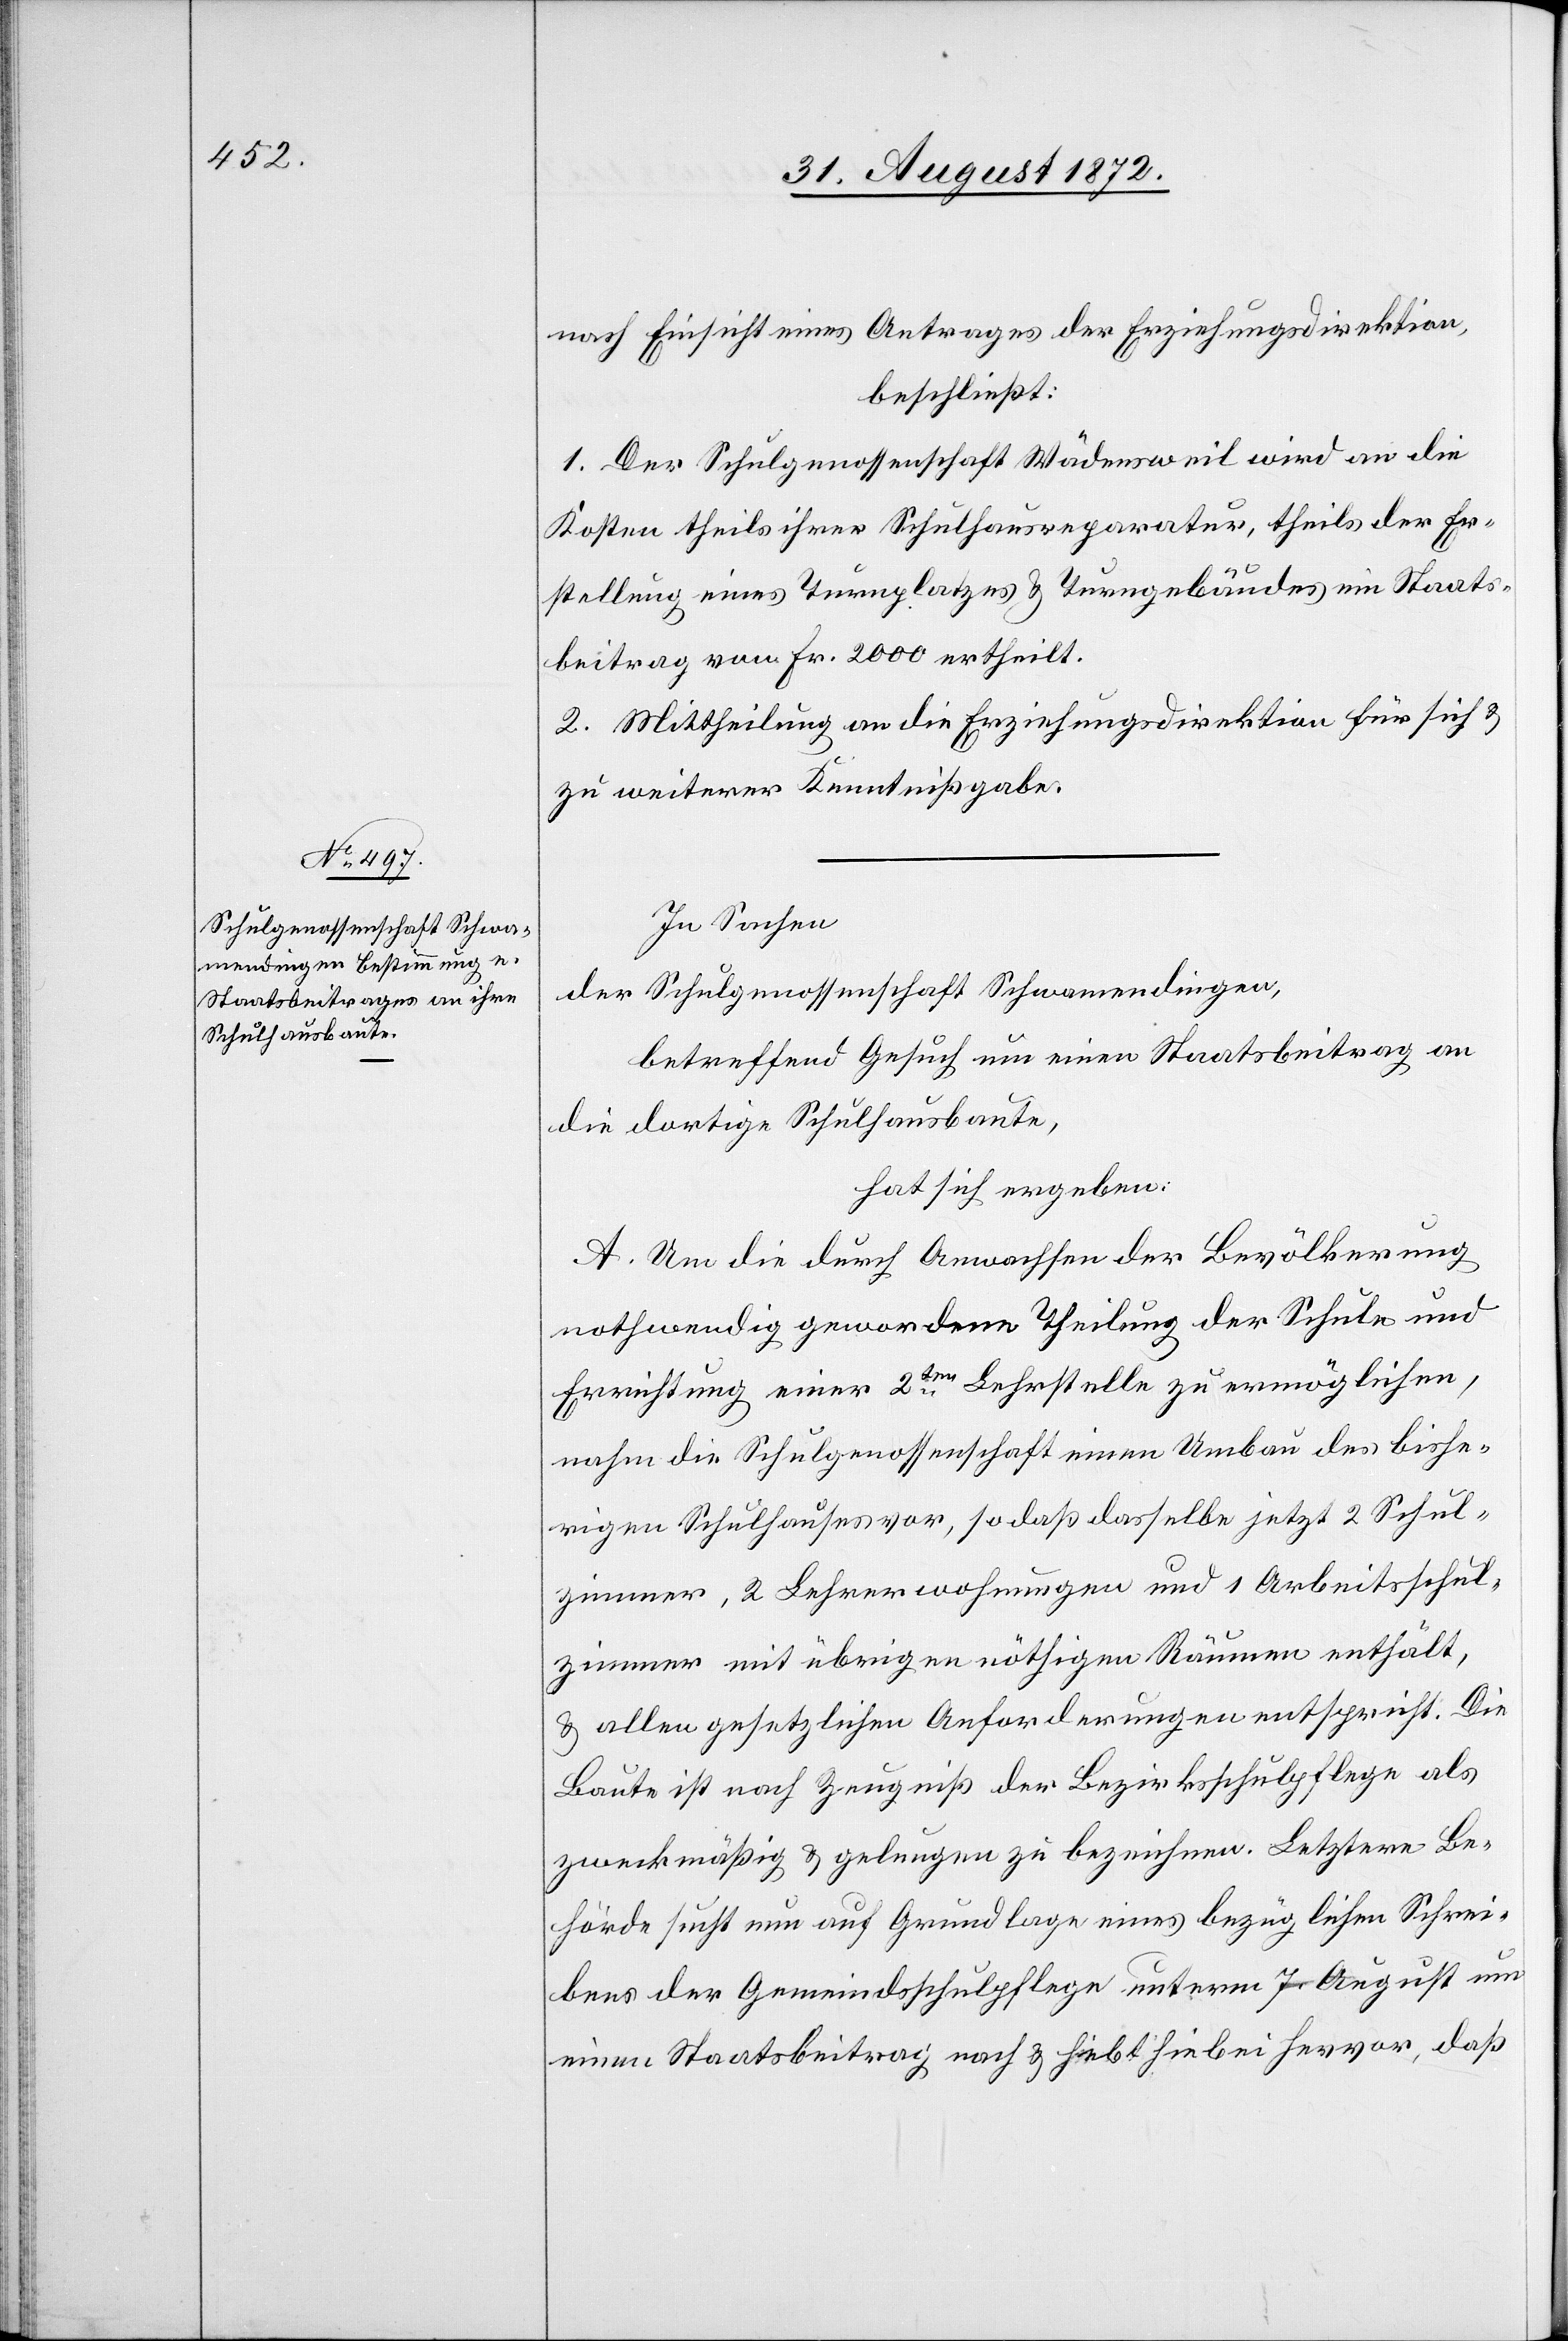
nach Einsicht eines Antrages der Erziehungsdirektion,
beschließt:
1. Der Schulgenossenschaft Wädensweil wird an die
Kosten theils ihrer Schulhausreparatur, theils der Er¬
stellung eines Turnplatzes u. Turngebäudes ein Staats¬
beitrag von Fr. 2000 ertheilt.
2. Mittheilung an die Erziehungsdirektion für sich u.
zu weiterer Kenntnißgabe.
In Sachen
der Schulgenossenschaft Schwamendingen,
betreffend Gesuch um einen Staatsbeitrag an
die dortige Schulhausbaute,
hat sich ergeben:
A. Um die durch Anwachsen der Bevölkerung
nothwendig gewordene Theilung der Schule und
Errichtung einer 2ten Lehrstelle zu ermöglichen,
nahm die Schulgenossenschaft einen Umbau des bishe¬
rigen Schulhauses vor, so daß dasselbe jetzt 2 Schul¬
zimmer, 2 Lehrerwohnungen und 1 Arbeitsschul¬
zimmer mit übrigen nöthigen Räumen enthält,
u. allen gesetzlichen Anforderungen entspricht. Die
Baute ist nach Zeugniß der Bezirksschulpflege als
zweckmäßig u. gelungen zu bezeichnen. Letztere Be¬
hörde sucht nun auf Grundlage eines bezüglichen Schrei¬
bens der Gemeindsschulpflege unterm 7. August um
einen Staatsbeitrag nach u. hebt hiebei hervor, daß